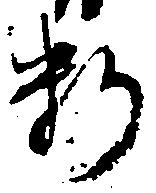
料